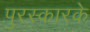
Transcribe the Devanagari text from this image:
पुरस्कारके